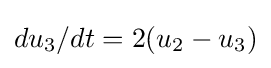
{du_{3}}/{dt}=2(u_{2}-u_{3})